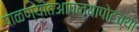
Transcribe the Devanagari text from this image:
पाळण्यांतआपल्यापोटच्या